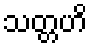
သတ္တဟိ